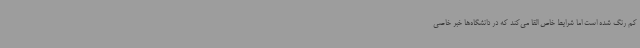
کم رنگ شده است اما شرایط خاص القا می‌کند که در دانشگاه‌ها خبر خاصی